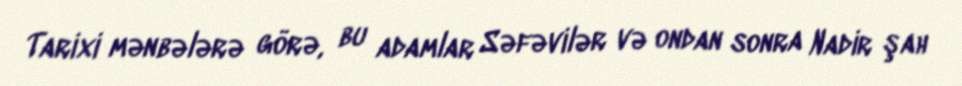
Tarixi mənbələrə görə, bu adamlar Səfəvilər və ondan sonra Nadir şah